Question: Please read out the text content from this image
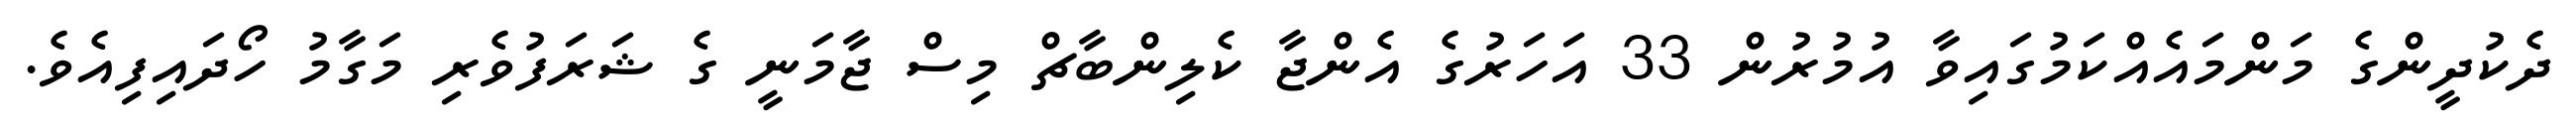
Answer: ދެކުދީންގެ މަންމައެއްކަމުގައިވާ އުމުރުން 33 އަހަރުގެ އެންޖާ ކެލިންބާޗް މިސް ޖާމަނީ ގެ ޝަރަފުވެރި މަގާމު ހޯދައިފިއެވެ.